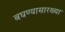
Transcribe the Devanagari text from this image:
बघण्यासारख्या